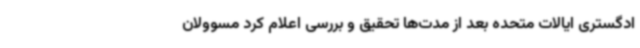
ادگستری ایالات متحده بعد از مدت‌ها تحقیق و بررسی اعلام کرد مسوولان